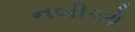
નબીઓ